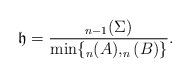
LaTeX: \begin{align*}\mathfrak h = \frac{_{n-1}(\Sigma)}{\min\{_n(A),_n(B)\} }.\end{align*}